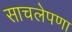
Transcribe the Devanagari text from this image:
साचलेपणा